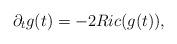
LaTeX: \begin{align*} \partial_t g(t)=-2Ric(g(t)),\end{align*}